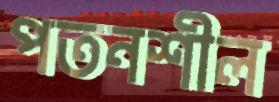
পতনশীল